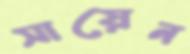
সায়েন